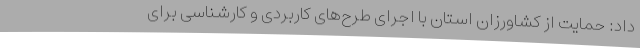
داد: حمایت از کشاورزان استان با اجرای طرح‌های کاربردی و کارشناسی برای